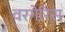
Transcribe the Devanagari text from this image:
वरगेरिस